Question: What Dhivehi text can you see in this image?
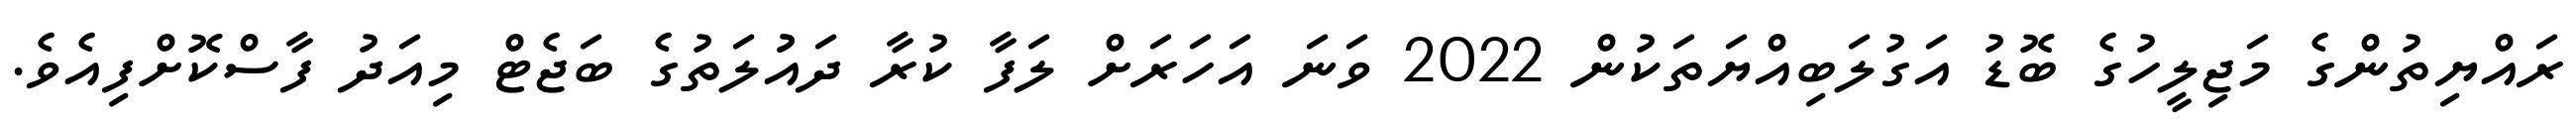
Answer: ރައްޔިތުންގެ މަޖިލީހުގެ ބޮޑު އަގުލަބިއްޔަތަކުން 2022 ވަނަ އަހަރަށް ލަފާ ކުރާ ދައުުލަތުގެ ބަޖެޓް މިއަދު ފާސްކޮށްފިއެވެ.